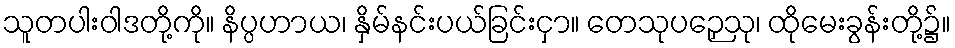
သူတပါးဝါဒတို့ကို။ နိပ္ပဟာယ၊ နှိမ်နင်းပယ်ခြင်းငှာ။ တေသုပဉှေသု၊ ထိုမေးခွန်းတို့၌။